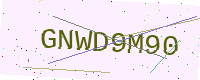
Text: GNWD9M90